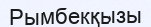
Рымбекқызы